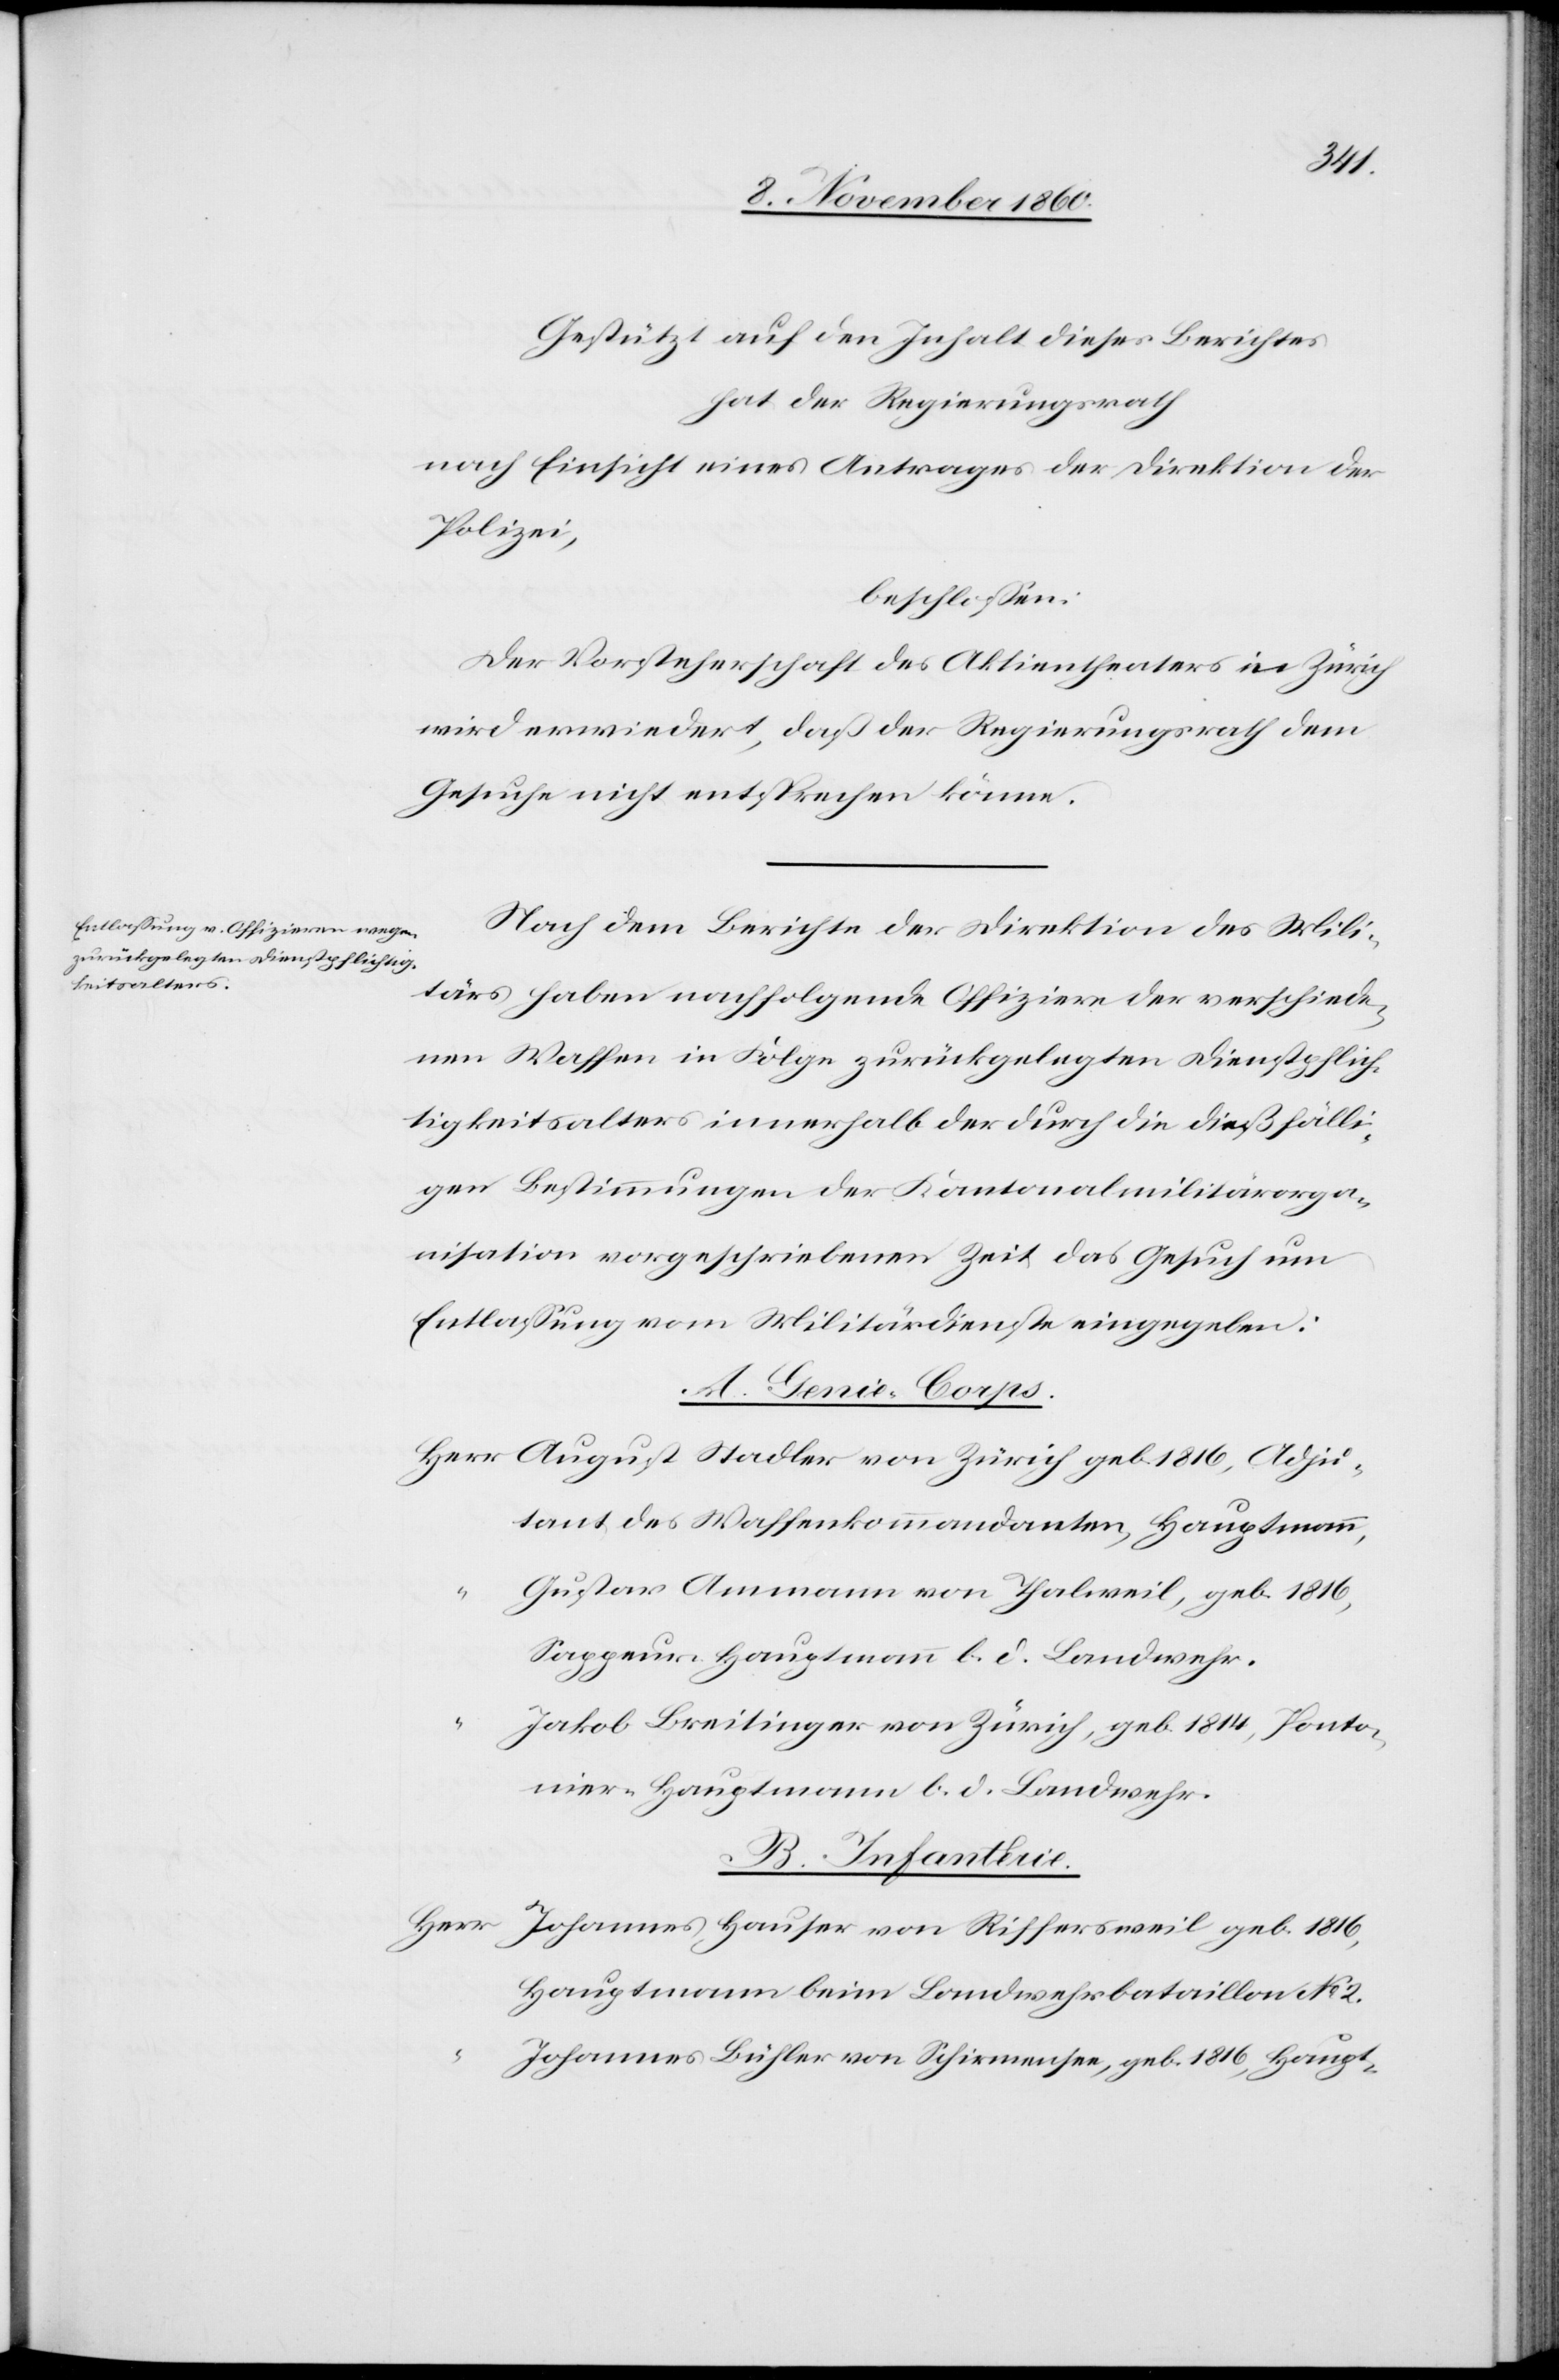
1861,
gestützt auf den Inhalt dieses Berichtes
hat der Regierungsrath
nach Einsicht eines Antrages der Direktion der
Polizei,
beschlossen:
Der Vorsteherschaft des Aktientheaters in Zürich
wird erwiedert, daß der Regierungsrath dem
Gesuche nicht entsprechen könne.
Nach dem Berichte der Direktion des Mili¬
tärs haben nachfolgende Offiziere der verschiede¬
nen Waffen in Folge zurückgelegten Dienstpflich¬
tigkeitsalters innerhalb der durch die dießfälli¬
gen Bestimmungen der Kantonalmilitärorga¬
nisation vorgeschriebenen Zeit das Gesuch um
Entlassung vom Militärdienste eingegeben:
A. Genie-Corps.
tant des Waffenkommandanten, Hauptmann
Gustav Ammann von Thalweil, geb. 1861,
Sappeur Hauptmann b. d. Landwehr.
Jakob Breitinger von Zürich, geb. 1814, Ponto¬
nier-Hauptmann b. d. Landwehr.
B. Infanterie.
Hauptmann beim Landwehrbataillon No 2.
Johannes Bühler von Schirmensee, geb. 1816, Haupt-